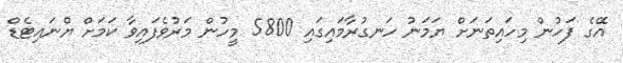
އޭގެ ފަހުން މިހައިތަނަށް ޔަމަނު ހަނގުރާމައިގައި 5800 މީހުން މަރުވެފައިވާ ކަމަށް ޔްނައިޓެޑް